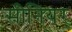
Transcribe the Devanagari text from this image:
सीनियर्